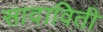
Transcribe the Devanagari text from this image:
सादाविती